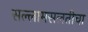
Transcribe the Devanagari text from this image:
सल्लामसलतीचा